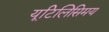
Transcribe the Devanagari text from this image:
यूटिलिसिमय